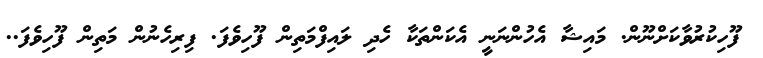
ފޫހިކުރުވާކަށްނޫން. މައިޝާ އެހުންނަނީ އެކަންތަކާ ހެދި ލައިފްމަތިން ފޫހިވެފަ. ފިރިހެނުން މަތިން ފޫހިވެފަ..